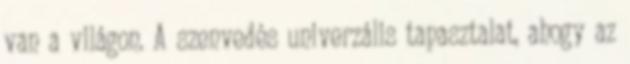
van a világon. A szenvedés univerzális tapasztalat, ahogy az